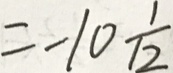
= - 1 0 \frac { 1 } { 1 2 }